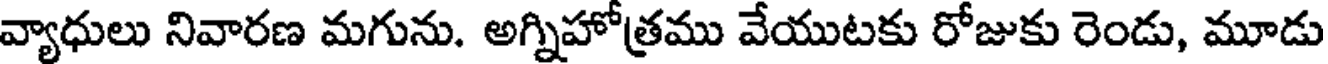
వ్యాధులు నివారణ మగును. అగ్నిహోత్రము వేయుటకు రోజుకు రెండు, మూడు